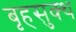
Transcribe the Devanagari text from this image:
बृहसुक्थ